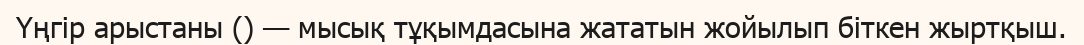
Үңгір арыстаны () — мысық тұқымдасына жататын жойылып біткен жыртқыш.